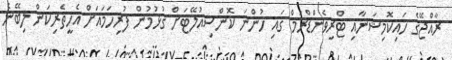
ރާއްޖޭގެ ހައިކޮމިޝަނާއި ޓްރިވެންޑްރަމް ގައި ހުންނަ ކޮންސިއުލޭޓަށް ގުޅުމުން ފުރިހަމައަށް އެހީތެރިކަން ލިބޭނެ